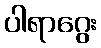
ပါရာဂွေး